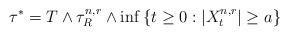
LaTeX: \begin{align*}\tau^* = T\wedge\tau^{n,r}_R\wedge \inf\left\lbrace t\ge 0:\left\lvert X^{n,r}_t\right\rvert \ge a\right\rbrace \end{align*}